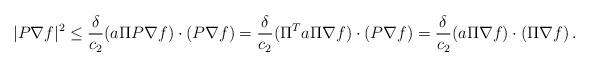
LaTeX: \begin{align*} |P\nabla f|^2 \le \frac{\delta}{c_2} (a\Pi P\nabla f)\cdot (P\nabla f) = \frac{\delta}{c_2} (\Pi^Ta\Pi\nabla f)\cdot (P\nabla f) = \frac{\delta}{c_2} (a\Pi \nabla f)\cdot (\Pi\nabla f)\,. \end{align*}